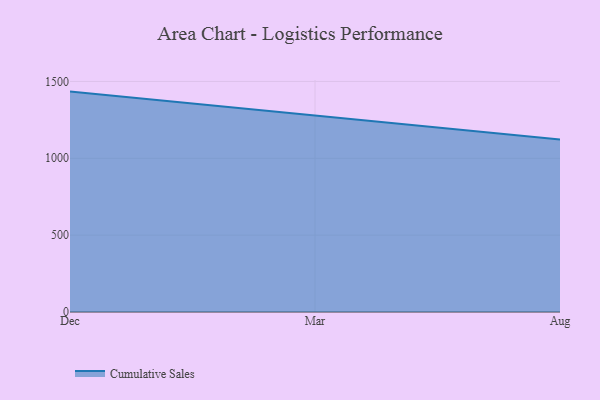
{"axis": {"x": "Month", "y": "Demand Index"}, "legend": ["Cumulative Sales"], "data": [{"x": "Dec", "y": 1433.9, "type": "Cumulative Sales"}, {"x": "Mar", "y": 1276.1, "type": "Cumulative Sales"}, {"x": "Aug", "y": 1122.5, "type": "Cumulative Sales"}]}